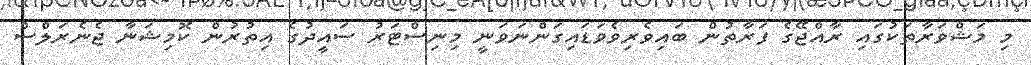
މި މަޝްވަރާތަކުގައި ރާއްޖޭގެ ފަރާތުން ބައިވެރިވެވަޑައިގަންނަވަނީ މިނިސްޓަރު ސައީދުގެ އިތުރުން ކޮމިޝަނާ ޖެނެރަލްސް